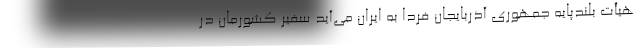
هیأت بلندپایه جمهوری آذربایجان فردا به ایران می‌آید سفیر کشورمان در